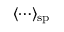
\langle \cdots \rangle _ { \mathrm { s p } }